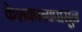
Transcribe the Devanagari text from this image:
केशवपनापासून